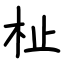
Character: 杫